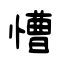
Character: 慒